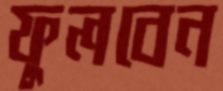
ফুলবেন